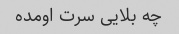
چه بلایی سرت اومده